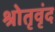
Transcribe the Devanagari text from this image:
श्रोतृवृंद